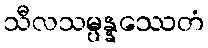
သီလသမ္ပန္နဿေတံ